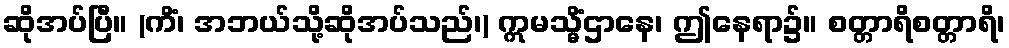
ဆိုအပ်ပြီ။ (ကိံ၊ အဘယ်သို့ဆိုအပ်သည်၊) ဣမသ္မိံဌာနေ၊ ဤနေရာ၌။ စတ္တာရိစတ္တာရိ၊